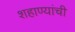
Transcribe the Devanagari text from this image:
शहाण्यांची